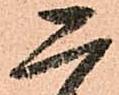
ニ